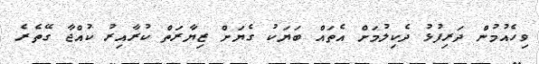
ވިހެއުމުން ދަރިފުޅު ދެކިލުމަށް އެތައް ބަޔަކު ގެޔަށް ޒިޔާރަތް ކުރާއިރު ކުއްޖާ ގޭތެރެ